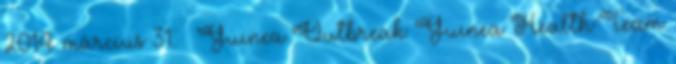
2014. március 31. ↑ Guinea Outbreak: Guinea Health Team